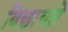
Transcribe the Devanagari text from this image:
बिछायते